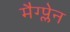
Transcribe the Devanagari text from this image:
मैग्प्लेन